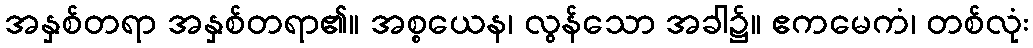
အနှစ်တရာ အနှစ်တရာ၏။ အစ္စယေန၊ လွန်သော အခါ၌။ ဧကမေကံ၊ တစ်လုံး